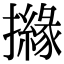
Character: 𢷻